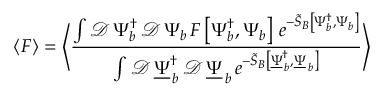
\left\langle F \right\rangle = \left\langle \frac { \int \mathcal { D } \, \Psi _ { b } ^ { \dagger } \, \mathcal { D } \, \Psi _ { b } \, F \left[ \Psi _ { b } ^ { \dagger } , \Psi _ { b } \right] \, e ^ { - \widetilde { S } _ { B } \left[ \Psi _ { b } ^ { \dagger } , \Psi _ { b } \right] } } { \int \mathcal { D } \, \underline { { \Psi } } _ { \, b } ^ { \dagger } \, \mathcal { D } \, \underline { { \Psi } } _ { \, b } \, e ^ { - \widetilde { S } _ { B } \left[ \underline { { \Psi } } _ { \, b } ^ { \dagger } , \underline { { \Psi } } _ { \, b } \right] } } \right\rangle